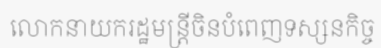
លោកនាយករដ្ឋមន្ត្រីចិនបំពេញទស្សនកិច្ច